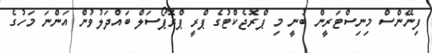
ފިނޭންސް މިނިސްޓަރީން ބުނީ މި ޕްރޮޖެކްޓުގެ ޕްރީ ޕްރޮޕޯސަލް ބައްދަލުވުން އަންނަ މަހުގެ